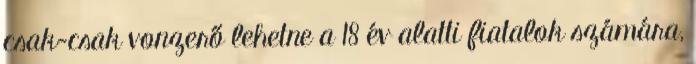
csak-csak vonzerő lehetne a 18 év alatti fiatalok számára,